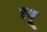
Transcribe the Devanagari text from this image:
एबू